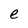
Character: e